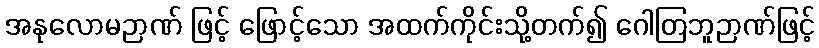
အနုလောမဉာဏ် ဖြင့် ဖြောင့်သော အထက်ကိုင်းသို့တက်၍ ဂေါတြဘူဉာဏ်ဖြင့်